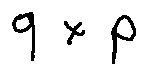
q \times p